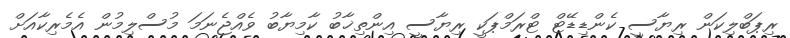
ރިޕަބްލިކަން ރިޔާސީ ކެންޑިޑޭޓް ޓްރަމްޕަކީ ރިޔާސީ އިންތިޚާބު ކާމިޔާބު ވެއްޖެނަމަ މުސްލިމުން އެމެރިކާއަށް